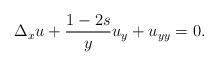
LaTeX: \begin{align*} \Delta_x u+\frac{1-2s}{y}u_y+u_{yy}=0.\end{align*}